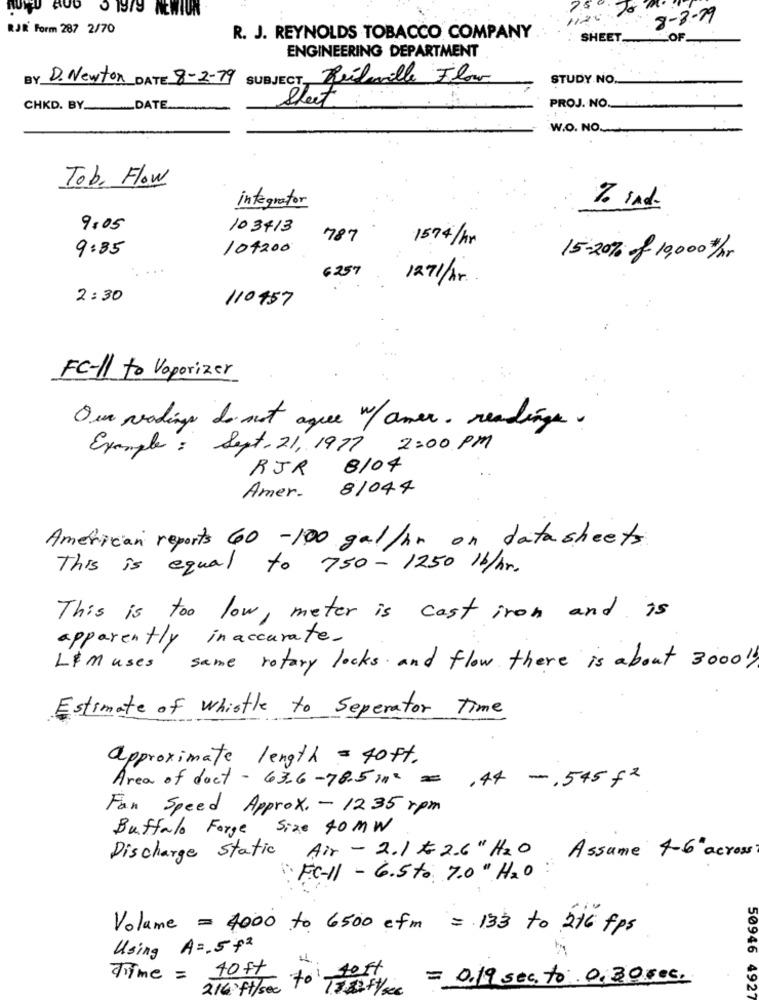
TUTTO RUD 5 1979 AEWIUN
75
1126
8-3-29
RJK' Form 287 2/70
R. J. REYNOLDS TOBACCO COMPANY
SHEET_
OF.
ENGINEERING DEPARTMENT
BY D. Newton DATE: 8-2-19
SUBJECT Bélaille Flow
STUDY NO,
PROJ. NO.
CHKD. BY ____ DATE.
Sheet
W.O. NO.
Tob, Flow
integrator
7. ind.
9:05
103413
787
9:35
101200
1574/km
15-20% f 10,000#/.
6 257
1271/hr
2:30
110457
FC-11 to Vaporizer
Our vadings do not aque w/ amer. readinga.
Example: Sept. 21,1977 2:00 PM
RJR 8104
Amer. 81044
American reports 60 -100 gal/hr on data sheets
This is equal to 750 - 1250 /b/hr.
This is too low, meter is cast iron and is
apparently inaccurate.
Lim uses
same rotary looks and flow there is about 30001
Estimate of Whistle to Seperator Time
approximate length = 40ft.
.44 -. 545 +2
Area of doct-63.6-78.5m= =
Fan Speed Approx. - 1235 rpm
Buffalo Forge Size 40 MW
Discharge Static
Air - 2.1 # 2.6 " H2O Assume 4-6"across
" Fc-11 - 6.5 to 7.0 " H2O:
Volume = 4000 to 6500 cfm = 133 to 216 fps
Using A =. 5+2
4
Time = 40ft
40 ft
= 0.19 sec. to 0.30 ges.
2140ft/ sec
50946 4927